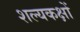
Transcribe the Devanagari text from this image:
शल्यकक्षों